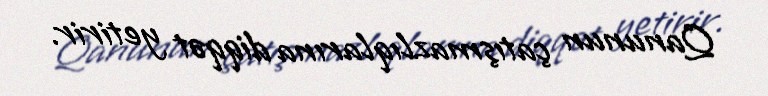
Qanunun çatışmazlıqlarına diqqət yetirir.